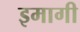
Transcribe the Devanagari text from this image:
इमागी